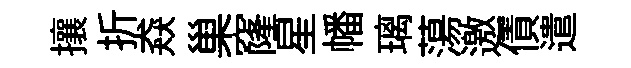
攘折猋巢窿星幡璃蕩邀債遣